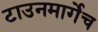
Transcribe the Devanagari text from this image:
टाउनमार्गेच